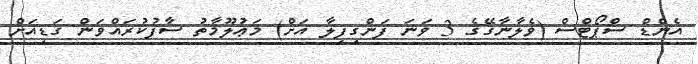
އެންޑް ސްޕޯޓްސް (ވެލާނާގޭގެ 3 ވަނަ ފަންގިފިލާ އަށް) މަޢުލޫމާތު ސާފުކުރައްވަން ގަޑިއަށް